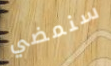
سنمضي